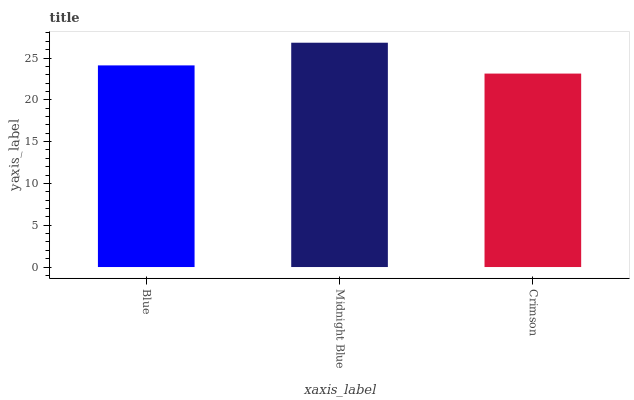
| xaxis_label | bars |
 | --- | --- |
 | Blue | 24.1 |
 | Midnight Blue | 26.8 |
 | Crimson | 23.1 |